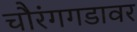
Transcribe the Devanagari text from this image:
चौरंगगडावर